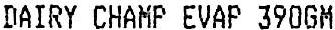
DAIRY CHAMP EVAP 390GM